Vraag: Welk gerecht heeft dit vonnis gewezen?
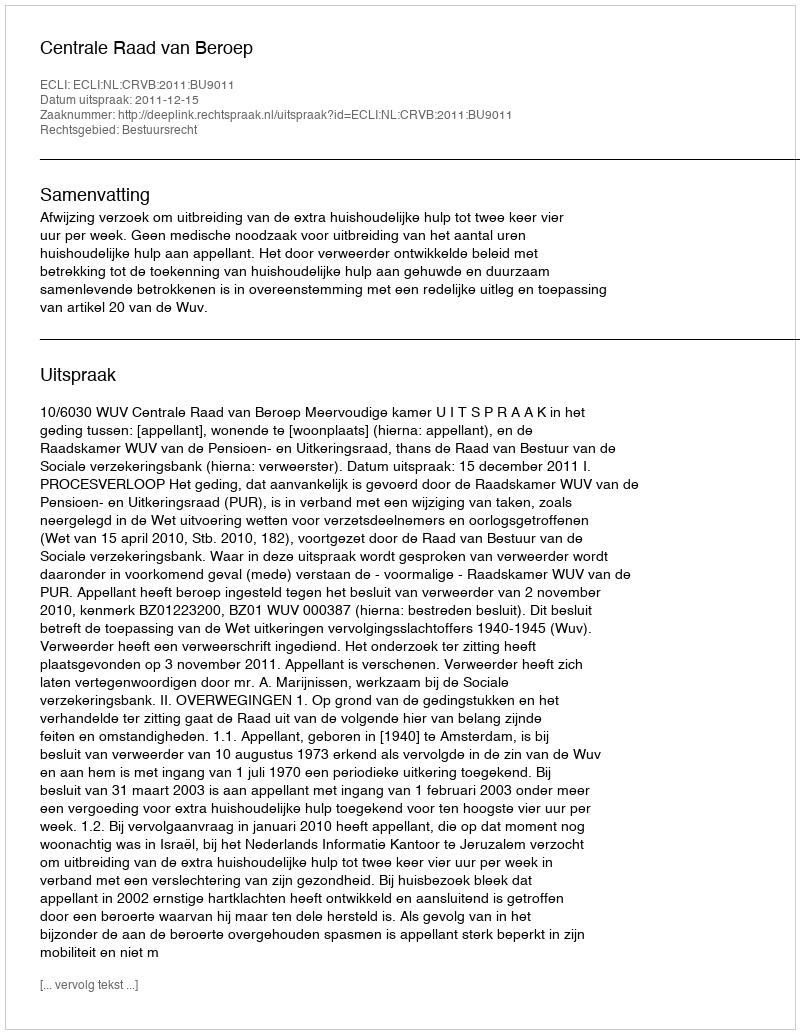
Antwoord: Centrale Raad van Beroep